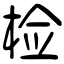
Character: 检